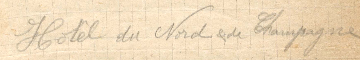
Hotel du Nord &de Champagne